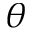
\theta